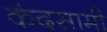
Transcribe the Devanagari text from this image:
कंदसामी